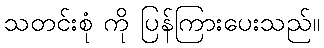
သတင်းစုံ ကို ပြန်ကြားပေးသည်။